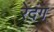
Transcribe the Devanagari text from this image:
रेदंग